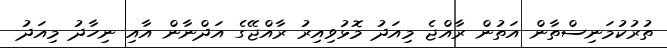
ތުރުކުމަނިސްތާން އަތުން ރާއްޖެ މިއަދު މޮޅުވިއިރު ރާއްޖޭގެ އަދްނާން އާއި ނިހާދު މިއަދު